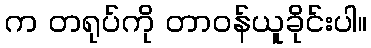
က တရုပ်ကို တာဝန်ယူခိုင်းပါ။